Problem: 19 + 30 = ?
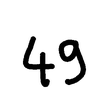
Handwritten answer: 49